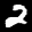
Label: 2